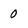
Character: 0